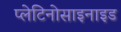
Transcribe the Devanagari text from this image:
प्लेटिनोसाइनाइड